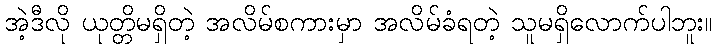
အဲ့ဒီလို ယုတ္တိမရှိတဲ့ အလိမ်စကားမှာ အလိမ်ခံရတဲ့ သူမရှိလောက်ပါဘူး။